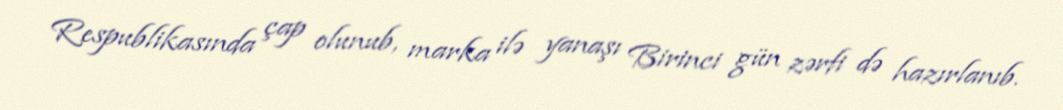
Respublikasında çap olunub, marka ilə yanaşı Birinci gün zərfi də hazırlanıb.